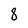
Character: 8